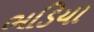
ભડિયા